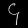
Digit: ၄